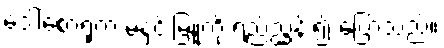
ဒေါ်စောရုံက မနှင်းမြူကို ရည်ညွှန်း၍ ပြောသည်။